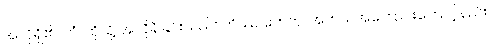
အလိုရှိ၏။ တံ၊ ထိုသို့ အလိုရှိခြင်းသည်။ ကိဿ ဟေတု၊ အဘယ်အကြောင်းကြောင့်နည်း။